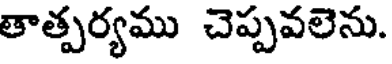
తాత్పర్యము చెప్పవలెను.